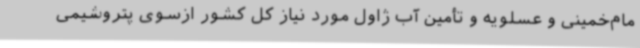
مام‌خمینی و عسلویه و تأمین آب ژاول مورد نیاز کل کشور ازسوی پتروشیمی